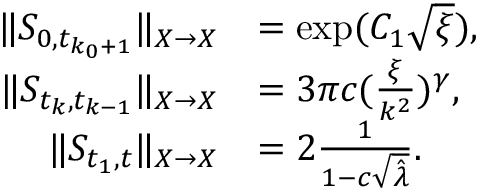
\begin{array} { r l } { \Vert S _ { 0 , t _ { k _ { 0 } + 1 } } \Vert _ { X \to X } } & { = \exp ( C _ { 1 } \sqrt \xi ) , } \\ { \Vert S _ { t _ { k } , t _ { k - 1 } } \Vert _ { X \to X } } & { = 3 \pi c ( \frac \xi { k ^ { 2 } } ) ^ { \gamma } , } \\ { \Vert S _ { t _ { 1 } , t } \Vert _ { X \to X } } & { = 2 \frac 1 { 1 - c \sqrt { \hat { \lambda } } } . } \end{array}